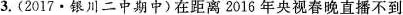
3.(2017·银川二中期中)在距离2016年央视春晚直播不到